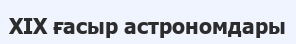
XIX ғасыр астрономдары